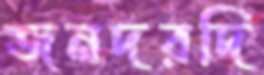
জনদরদি